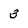
Character: 3